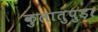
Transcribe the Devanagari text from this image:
कुलातुपुड़ा